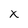
Character: x